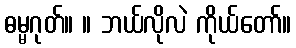
ဓမ္မဂုတ်။ ။ ဘယ်လိုလဲ ကိုယ်တော်။